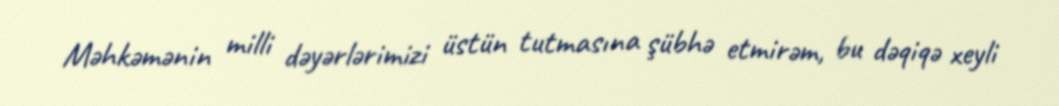
Məhkəmənin milli dəyərlərimizi üstün tutmasına şübhə etmirəm, bu dəqiqə xeyli